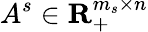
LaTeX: A^{s}\in\mathbf{R}_{+}^{m_{s}\times n}